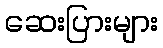
ဆေးပြားများ